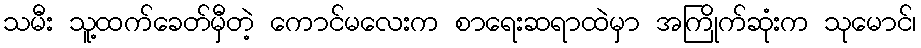
သမီး သူ့ထက်ခေတ်မှီတဲ့ ကောင်မလေးက စာရေးဆရာထဲမှာ အကြိုက်ဆုံးက သုမောင်၊